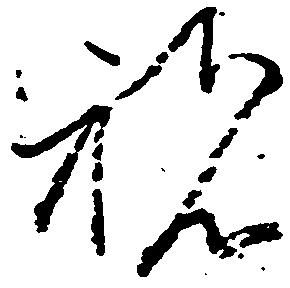
祝